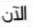
الآن